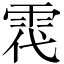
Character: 𩂠